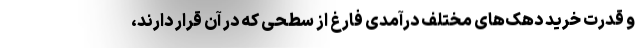
و قدرت خرید دهک‌های مختلف درآمدی فارغ از سطحی که در آن قرار دارند،